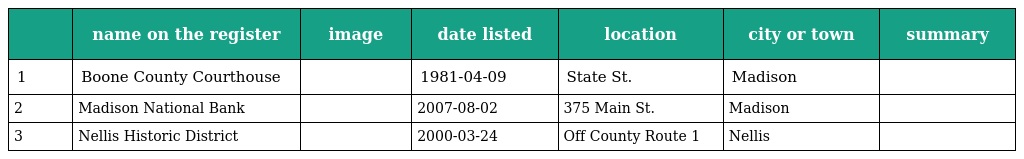
|  | name on the register | image | date listed | location | city or town | summary |
 | --- | --- | --- | --- | --- | --- | --- |
 | 1 | Boone County Courthouse |  | 1981-04-09 | State St. | Madison |  |
 | 2 | Madison National Bank |  | 2007-08-02 | 375 Main St. | Madison |  |
 | 3 | Nellis Historic District |  | 2000-03-24 | Off County Route 1 | Nellis |  |